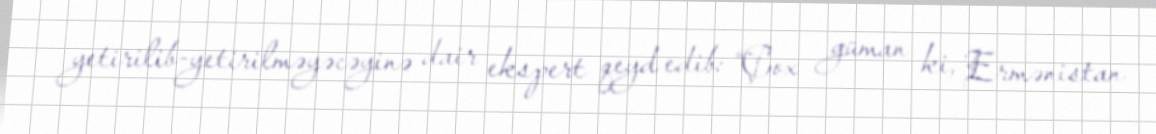
yetirilib-yetirilməyəcəyinə dair ekspert qeyd edib: “Çox güman ki, Ermənistan